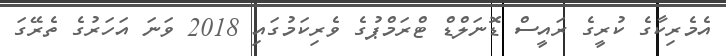
އެމެރިކާގެ ކުރީގެ ރައީސް ޑޮނަލްޑް ޓްރަމްޕުގެ ވެރިކަމުގައި 2018 ވަނަ އަހަރުގެ ތެރޭގަ